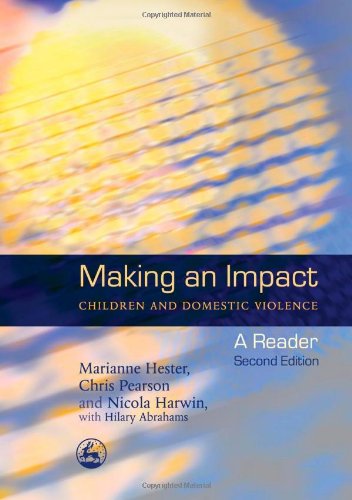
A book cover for Making an Impact: Children And Domestic Violence: A Reader; Marianne Hester; Parenting & Relationships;